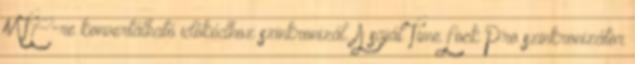
MTC-re konvertálható idôkódhoz szinkronizál. A saját TimeLock Pro szinkronizátor